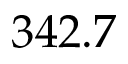
3 4 2 . 7